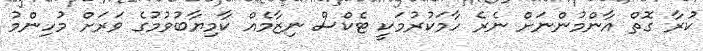
ކުރާ ގޮތް އާންމުންނަށް ނެރެ ހާމަކުރުމަކީ ޓެކްސް ނިޒާމެއް ކާމިޔާބުވުމުގެ ވަރަށް މުހިންމު